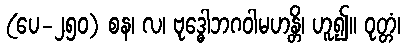
(ပေ-၂၅၀) စန၊ လ၊ ဗုဒ္ဓေါဘဂဝါမဟန္တိ၊ ဟူ၍။ ဝုတ္တံ၊